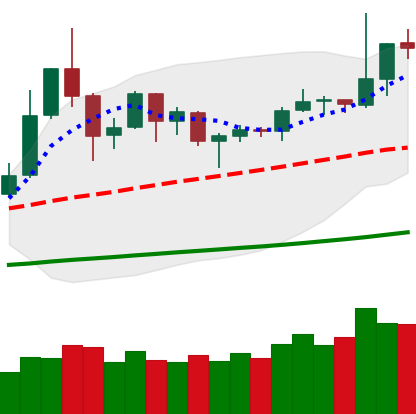
Ticker: DOGE-USD
Chart end date: 2019-06-01
Forward return: -9.71%
Label: down_7plus